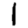
Digit: 1